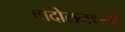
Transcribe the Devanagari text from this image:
आंदोलनधर्मी